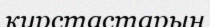
курстастарын